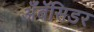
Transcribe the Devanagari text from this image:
अँबॅसिडर